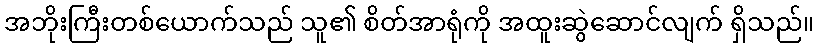
အဘိုးကြီးတစ်ယောက်သည် သူ၏ စိတ်အာရုံကို အထူးဆွဲဆောင်လျက် ရှိသည်။